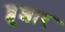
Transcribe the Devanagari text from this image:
ब्बूशार